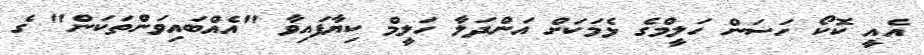
އެއީ ކޮކޯ ހަސަން ހަލީމްގެ ޅެމަކަށް އަންދަލާ ހަލީމް ކިޔާފައިވާ "އެއްބައިވަންތަކަން" ގެ